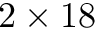
2 \times 1 8